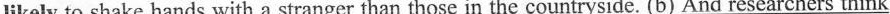
likely to shake hands with a stranger than those in the countryside. (b) And_ researchers think